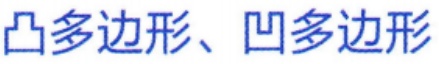
凸多边形、凹多边形